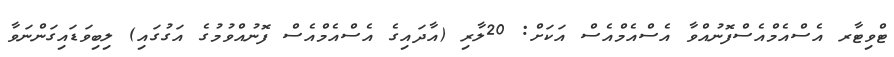
ޓްވިޓާރ އެސްއެމްއެސްފޮނުއްވާ އެސްއެމްއެސް އަކަށް: 20ލާރި (އާދައިގެ އެސްއެމްއެސް ފޮނުއްވުމުގެ އަގުގައި) ލިބިވަޑައިގަންނަވާ